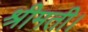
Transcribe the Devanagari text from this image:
श्रीमती।